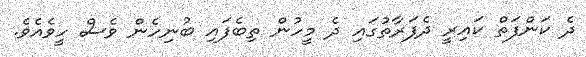
ދެ ކަންފަތް ކައިރީ ދެފަރާތުގައި ދެ މީހުން ތިބެފައި ބުނިހެން ވެސް ހީވެއެވެ.